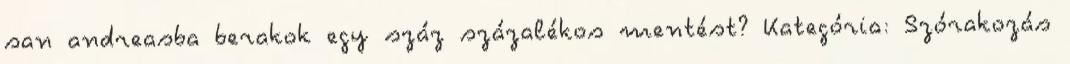
san andreasba berakok egy száz százalékos mentést? Kategória: Szórakozás